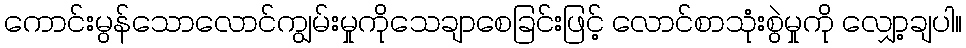
ကောင်းမွန်သောလောင်ကျွမ်းမှုကိုသေချာစေခြင်းဖြင့် လောင်စာသုံးစွဲမှုကို လျှော့ချပါ။